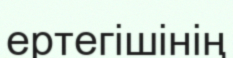
ертегішінің